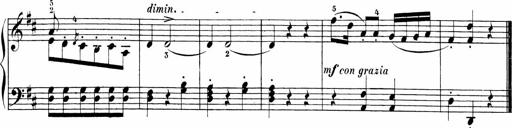
Title: 6 Sonatinas
Composer: Carl Reinecke